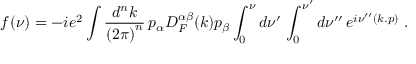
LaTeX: f ( \nu ) = - i e ^ { 2 } \int \frac { d ^ { n } k } { { ( 2 \pi ) } ^ { n } } \, p _ { \alpha } D _ { F } ^ { \alpha \beta } ( k ) p _ { \beta } \int _ { 0 } ^ { \nu } d \nu ^ { \prime } \, \int _ { 0 } ^ { \nu ^ { \prime } } d \nu ^ { \prime \prime } \, e ^ { i \nu ^ { \prime \prime } ( k . p ) } \, \, .